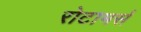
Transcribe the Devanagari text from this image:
रोटामर्स